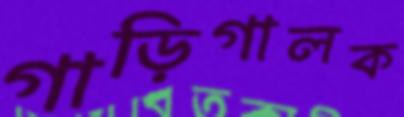
গাড়িগালক